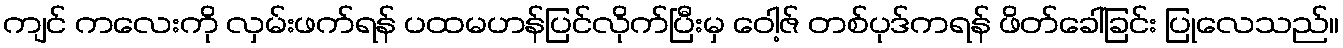
ကျင် ကလေးကို လှမ်းဖက်ရန် ပထမဟန်ပြင်လိုက်ပြီးမှ ဝေါ့ဇ် တစ်ပုဒ်ကရန် ဖိတ်ခေါ်ခြင်း ပြုလေသည်။